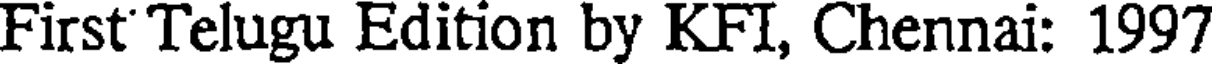
First Telugu Edition by KFI, Chennai: 1997